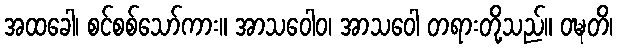
အထခေါ၊ စင်စစ်သော်ကား။ အာသဝေါဝ၊ အာသဝေါ တရားတို့သည်။ ဝဍ္ဎတိ၊